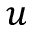
u